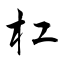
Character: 杠